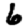
Digit: 6